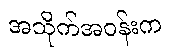
အသိုက်အဝန်းက